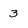
Character: 3